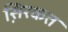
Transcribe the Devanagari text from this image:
स़िरकत